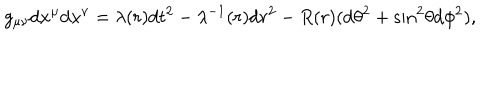
g _ { \mu \nu } \mathrm { d } x ^ { \mu } \mathrm { d } x ^ { \nu } = \lambda ( r ) \mathrm { d } t ^ { 2 } - \lambda ^ { - 1 } ( r ) \mathrm { d } r ^ { 2 } - R ( r ) ( \mathrm { d } \theta ^ { 2 } + \mathrm { s i n } ^ { 2 } \theta \mathrm { d } \phi ^ { 2 } ) ,